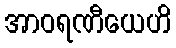
အာဝရဏီယေဟိ